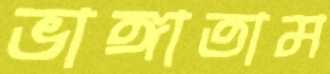
ভাঙ্গাতাম